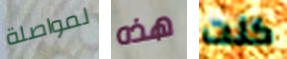
لمواصلة هذه كنت